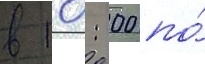
в 10: 00 по́